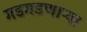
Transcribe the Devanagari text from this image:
गडगडणाऱ्या